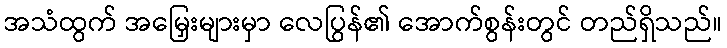
အသံထွက် အမြှေးများမှာ လေပြွန်၏ အောက်စွန်းတွင် တည်ရှိသည်။